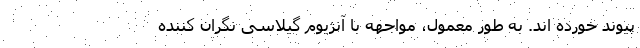
پیوند خورده اند. به طور معمول، مواجهه با آنژیوم گیلاسی نگران کننده